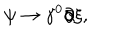
\psi \rightarrow \gamma ^ { 0 } \partial \! \! \! / \xi ,